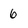
Character: 6